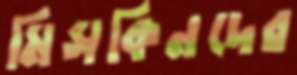
মিসকিনদের